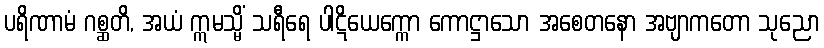
ပရိဏာမံ ဂစ္ဆတိ, အယံ ဣမသ္မိံ သရီရေ ပါဋိယေက္ကော ကောဋ္ဌာသော အစေတနော အဗျာကတော သုညော